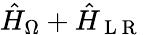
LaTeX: \hat{H}_{\Omega}+\hat{H}_{\mathrm{~L~R~}}